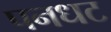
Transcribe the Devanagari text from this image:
पनधट